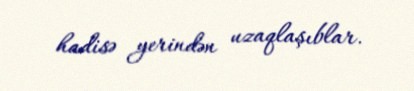
hadisə yerindən uzaqlaşıblar.